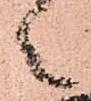
々